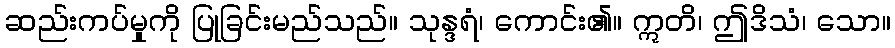
ဆည်းကပ်မှုကို ပြုခြင်းမည်သည်။ သုန္ဒရံ၊ ကောင်း၏။ ဣတိ၊ ဤဒိသံ၊ သော။